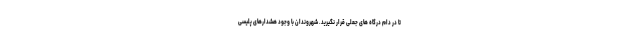
تا در دام درگاه های جعلی قرار نگیرید. شهروندان با وجود هشدارهای پلیسی